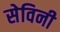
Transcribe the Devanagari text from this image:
सेविनी